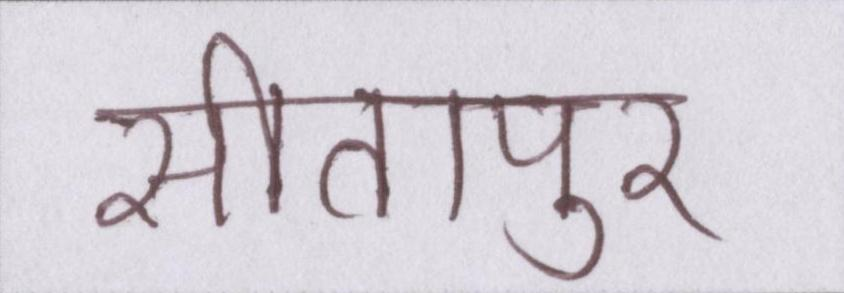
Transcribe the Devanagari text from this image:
सीतापुर